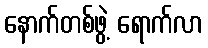
နောက်တစ်ဖွဲ့ ရောက်လာ